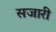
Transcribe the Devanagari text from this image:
सजारी